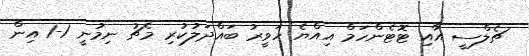
ޗެލްސީ އާއި ޓޮޓެންހަމް އިއްޔެ ހަވީރު ބައްދަލުކުރި މެޗު ނިމުނީ 1-1 އިން